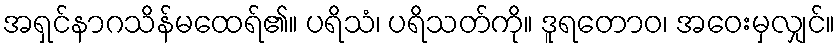
အရှင်နာဂသိန်မထေရ်၏။ ပရိသံ၊ ပရိသတ်ကို။ ဒူရတောဝ၊ အဝေးမှလျှင်။